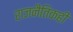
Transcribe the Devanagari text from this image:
राजनैतिकही